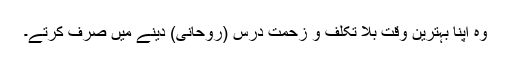
وہ اپنا بہترین وقت بلا تکلف و زحمتِ درس (روحانی) دینے میں صرف کرتے۔